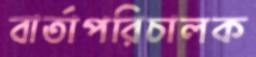
বার্তাপরিচালক